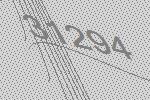
31294